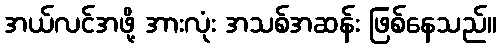
အယ်လင်အဖို့ အားလုံး အသစ်အဆန်း ဖြစ်နေသည်။